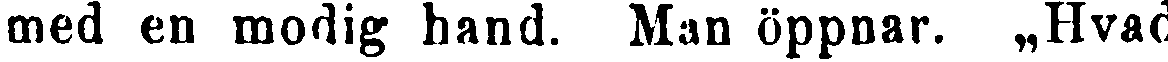
med en modig hand. Man öppnar. „Hvad